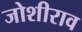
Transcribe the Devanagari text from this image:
जोशीराव